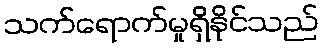
သက်ရောက်မှုရှိနိုင်သည်